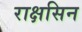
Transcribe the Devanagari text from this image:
राक्षसिन